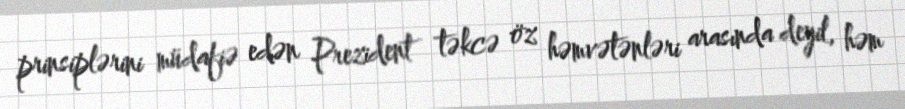
prinsiplərini müdafiə edən Prezident təkcə öz həmvətənləri arasında deyil, həm